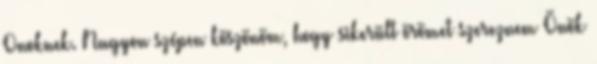
Onoknek. Nagyon szépen köszönöm, hogy sikerült örömet szereznem Önök